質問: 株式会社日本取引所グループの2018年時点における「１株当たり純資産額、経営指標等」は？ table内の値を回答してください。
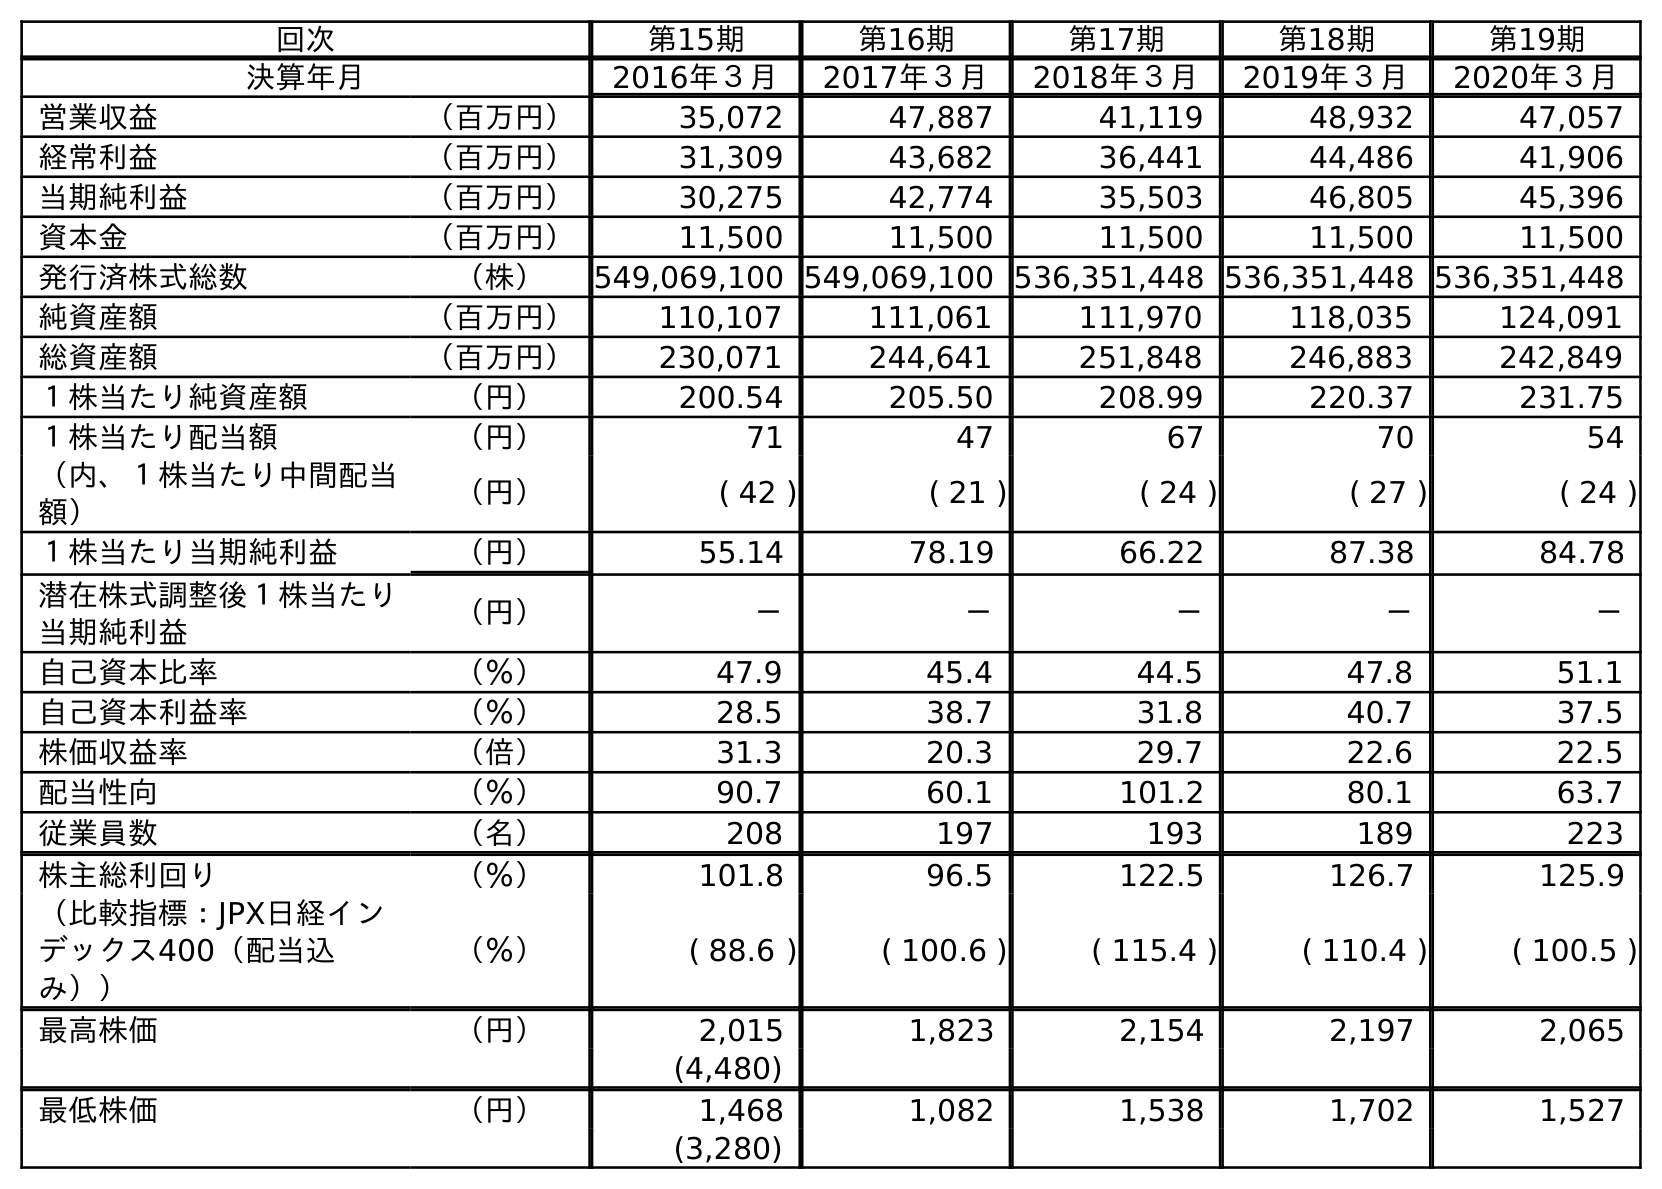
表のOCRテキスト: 回次 第15期 第16期 第17期 第18期 第19期 決算年月 2016年３月 2017年３月 2018年３月 2019年３月 2020年３月 営業収益 （百万円） 35,072 47,887 41,119 48,932 47,057 経常利益 （百万円） 31,309 43,682 36,441 44,486 41,906 当期純利益 （百万円） 30,275 42,774 35,503 46,805 45,396 資本金 （百万円） 11,500 11,500 11,500 11,500 11,500 発行済株式総数 （株） 549,069,100 549,069,100 536,351,448 536,351,448 536,351,448 純資産額 （百万円） 110,107 111,061 111,970 118,035 124,091 総資産額 （百万円） 230,071 244,641 251,848 246,883 242,849 １株当たり純資産額 （円） 200.54 205.50 208.99 220.37 231.75 １株当たり配当額 （円） 71 47 67 70 54 （内、１株当たり中間配当 額） （円） ( 42 ) ( 21 ) ( 24 ) ( 27 ) ( 24 ) １株当たり当期純利益 （円） 55.14 78.19 66.22 87.38 84.78 潜在株式調整後１株当たり 当期純利益 （円） － － － － － 自己資本比率 （％） 47.9 45.4 44.5 47.8 51.1 自己資本利益率 （％） 28.5 38.7 31.8 40.7 37.5 株価収益率 （倍） 31.3 20.3 29.7 22.6 22.5 配当性向 （％） 90.7 60.1 101.2 80.1 63.7 従業員数 （名） 208 197 193 189 223 株主総利回り （％） 101.8 96.5 122.5 126.7 125.9 （比較指標：JPX日経イン デックス400（配当込 み）） （％） ( 88.6 ) ( 100.6 ) ( 115.4 ) ( 110.4 ) ( 100.5 ) 最高株価 （円） 2,015 1,823 2,154 2,197 2,065 (4,480) 最低株価 （円） 1,468 1,082 1,538 1,702 1,527 (3,280)
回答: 208.99